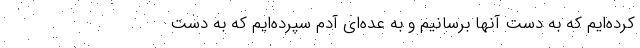
کرده‌ایم که به دست آنها برسانیم و به عده‌ای آدم سپرده‌ایم که به دست